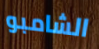
الشامبو